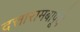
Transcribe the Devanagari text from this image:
दत्तारामबापूंचे